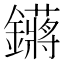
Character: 𬬙